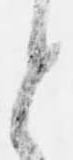
と